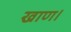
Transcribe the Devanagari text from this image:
खाण।